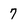
Character: 7